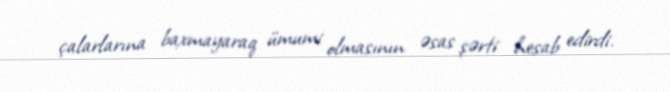
çalarlarına baxmayaraq ümumi olmasının əsas şərti hesab edirdi.